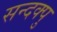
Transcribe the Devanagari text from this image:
सन्दक्पु